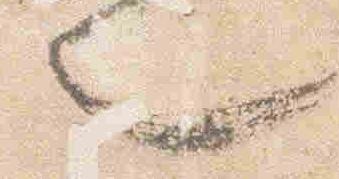
也